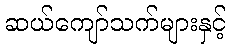
ဆယ်ကျော်သက်များနှင့်